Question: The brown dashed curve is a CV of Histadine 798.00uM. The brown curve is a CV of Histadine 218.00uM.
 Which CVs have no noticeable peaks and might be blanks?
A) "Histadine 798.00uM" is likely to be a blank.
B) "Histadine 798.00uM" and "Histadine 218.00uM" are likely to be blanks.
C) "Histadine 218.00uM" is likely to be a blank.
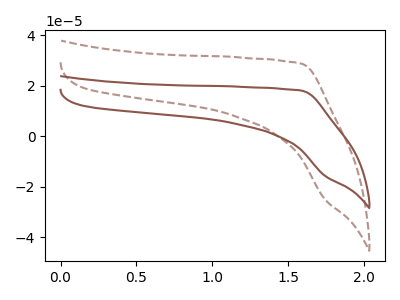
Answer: <think>The brown dashed curve "Histadine 798.00uM" has no peaks. The brown curve "Histadine 218.00uM" has no peaks.</think>
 <answer>B) "Histadine 798.00uM" and "Histadine 218.00uM" are likely to be blanks.</answer>
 <eval>B</eval>